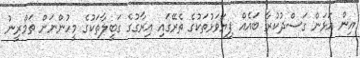
އިން އަޅަން ގަސްދުކުރާ ބައެއް ފިޔަވަޅުތަކުގެ ތެރޭގައި އިރާގުގެ ގަބީލާތަކުގެ މީހުންނަށް ތަމްރީނު